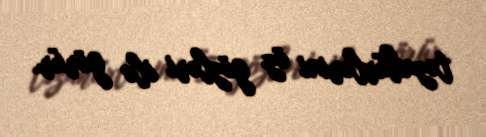
təzahürlərini öz gözləri ilə görür.